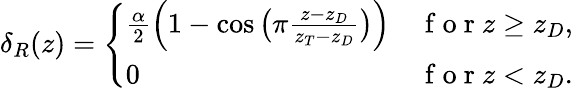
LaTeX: \delta_{R}(z)=\left\{ \begin{array}{ll}{\frac{\alpha}{2}\left(1-\cos\big(\pi\frac{z-z_{D}}{z_{T}-z_{D}}\big)\right)}&{\mathrm{~f~o~r~}z\geq z_{D},}\\ {0}&{\mathrm{~f~o~r~}z<z_{D}.}\end{array}\right.